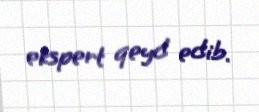
ekspert qeyd edib.